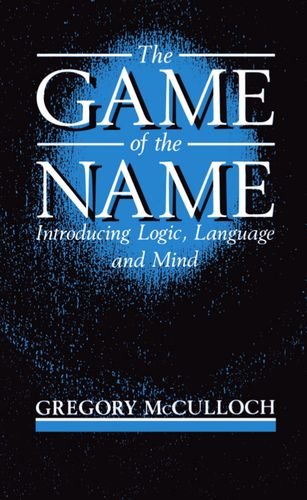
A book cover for The Game of the Name: Introducing Logic, Language and Mind; Gregory McCulloch; Politics & Social Sciences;